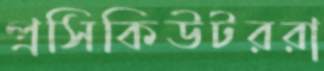
প্রসিকিউটররা